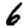
Digit: 6